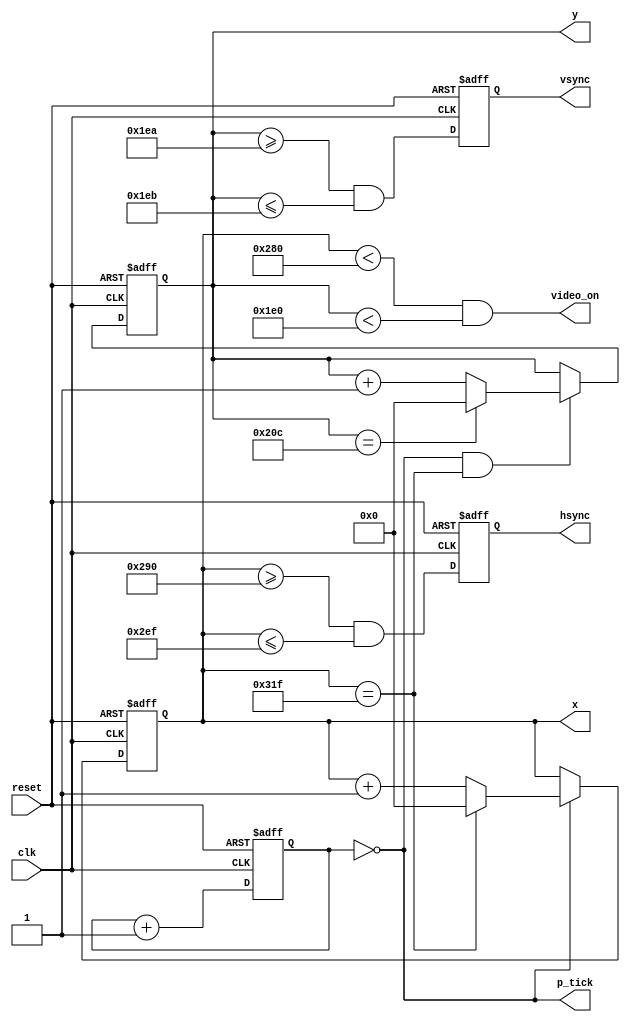
`timescale 1ns / 1ps
//////////////////////////////////////////////////////////////////////////////////
// Company: 
// Engineer: 
// 
// Design Name: 
// Module Name: vga
// Project Name: 
// Target Devices: 
// Tool Versions: 
// Description: 
// 
// Dependencies: 
// 
// Revision:
// Revision 0.01 - File Created
// Additional Comments:
// 
//////////////////////////////////////////////////////////////////////////////////


module vga

	(
		input wire clk, reset,
		output wire hsync, vsync, video_on, p_tick,
		output wire [9:0] x, y
	);

	// 640 x 480 @ 25MHz
	// constant declarations for VGA sync parameters
	localparam H_DISPLAY       = 640; // horizontal display area
	localparam H_L_BORDER      =  48; // horizontal left border     (h back porch)
	localparam H_R_BORDER      =  16; // horizontal right border    (h front porch)
	localparam H_RETRACE       =  96; // horizontal retrace         (h sync time)
	localparam H_MAX           = H_DISPLAY + H_L_BORDER + H_R_BORDER + H_RETRACE - 1;
	localparam START_H_RETRACE = H_DISPLAY + H_R_BORDER;
	localparam END_H_RETRACE   = H_DISPLAY + H_R_BORDER + H_RETRACE - 1;
	
	localparam V_DISPLAY       = 480; // vertical display area
	localparam V_T_BORDER      =  33; // vertical top border        (v back porch)
	localparam V_B_BORDER      =  10; // vertical bottom border     (v front porch)
	localparam V_RETRACE       =   2; // vertical retrace           (v sync time)
	localparam V_MAX           = V_DISPLAY + V_T_BORDER + V_B_BORDER + V_RETRACE - 1;
    localparam START_V_RETRACE = V_DISPLAY + V_B_BORDER;
	localparam END_V_RETRACE   = V_DISPLAY + V_B_BORDER + V_RETRACE - 1;
	
	// mod-4 counter to generate 25 MHz pixel tick
	reg [1:0] pixel_reg;
	wire [1:0] pixel_next;
	wire pixel_tick;
	
	always @(posedge clk, posedge reset)
		if(reset)
		  pixel_reg <= 0;
		else
		  pixel_reg <= pixel_next;
	
	assign pixel_next = pixel_reg + 1; // increment pixel_reg 	
	assign pixel_tick = (pixel_reg == 0); // assert tick 1/4 of the time
		
	// registers to keep track of current pixel location
	reg [9:0] h_count_reg, h_count_next, v_count_reg, v_count_next;
	
	// register to keep track of vsync and hsync signal states
	reg vsync_reg, hsync_reg;
	wire vsync_next, hsync_next;
 
	// infer registers
	always @(posedge clk, posedge reset)
		if(reset)
		    begin
                    v_count_reg <= 0;
                    h_count_reg <= 0;
                    vsync_reg   <= 0;
                    hsync_reg   <= 0;
		    end
		else
		    begin
                    v_count_reg <= v_count_next;
                    h_count_reg <= h_count_next;
                    vsync_reg   <= vsync_next;
                    hsync_reg   <= hsync_next;
		    end
			
	// next-state logic of horizontal vertical sync counters
	always @*
		begin
		h_count_next = pixel_tick ? 
		               h_count_reg == H_MAX ? 0 : h_count_reg + 1
			       : h_count_reg;
		
		v_count_next = pixel_tick && h_count_reg == H_MAX ? 
		               (v_count_reg == V_MAX ? 0 : v_count_reg + 1) 
			       : v_count_reg;
		end
		
        // hsync and vsync are active low signals
        // hsync signal asserted during horizontal retrace
        assign hsync_next = h_count_reg >= START_H_RETRACE
                            && h_count_reg <= END_H_RETRACE;
   
        // vsync signal asserted during vertical retrace
        assign vsync_next = v_count_reg >= START_V_RETRACE 
                            && v_count_reg <= END_V_RETRACE;

        // video only on when pixels are in both horizontal and vertical display region
        assign video_on = (h_count_reg < H_DISPLAY) 
                          && (v_count_reg < V_DISPLAY);

        // output signals
        assign hsync  = hsync_reg;
        assign vsync  = vsync_reg;
        assign x      = h_count_reg;
        assign y      = v_count_reg;
        assign p_tick = pixel_tick;
endmodule